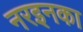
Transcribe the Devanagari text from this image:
नरइनका